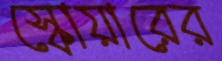
স্কোয়ারের